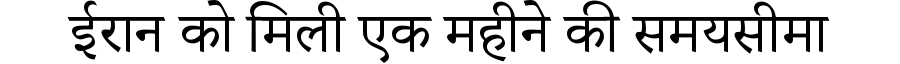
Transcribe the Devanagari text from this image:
ईरान को मिली एक महीने की समयसीमा